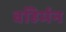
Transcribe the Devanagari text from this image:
बहिर्मन